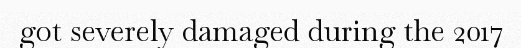
got severely damaged during the 2017